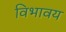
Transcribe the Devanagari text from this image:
विभावय